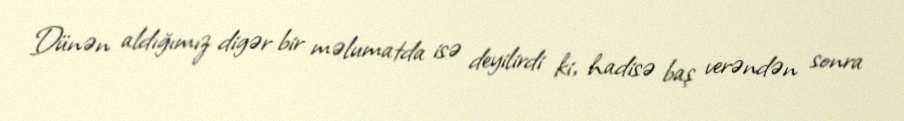
Dünən aldığımız digər bir məlumatda isə deyilirdi ki, hadisə baş verəndən sonra